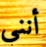
أنني